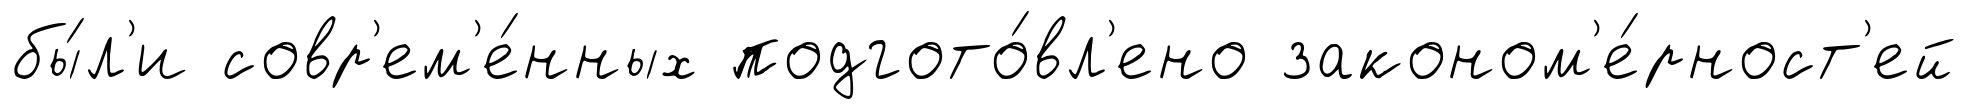
бы́л'и совр'ем'е́нных подгото́вл'ено законом'е́рност'ей